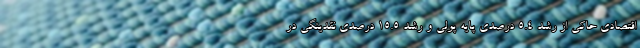
اقتصادی حاکی از رشد ۵.۴ درصدی پایه پولی و رشد ۱۵.۵ درصدی نقدینگی در